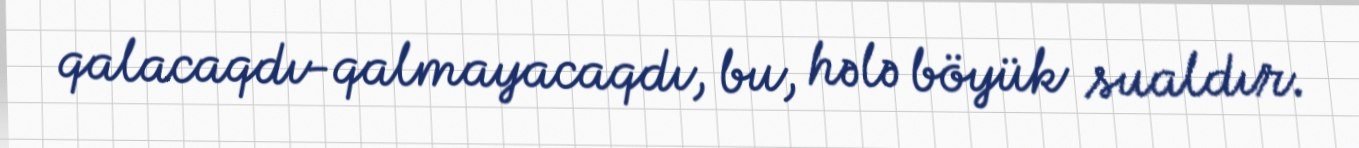
qalacaqdı-qalmayacaqdı, bu, hələ böyük sualdır.